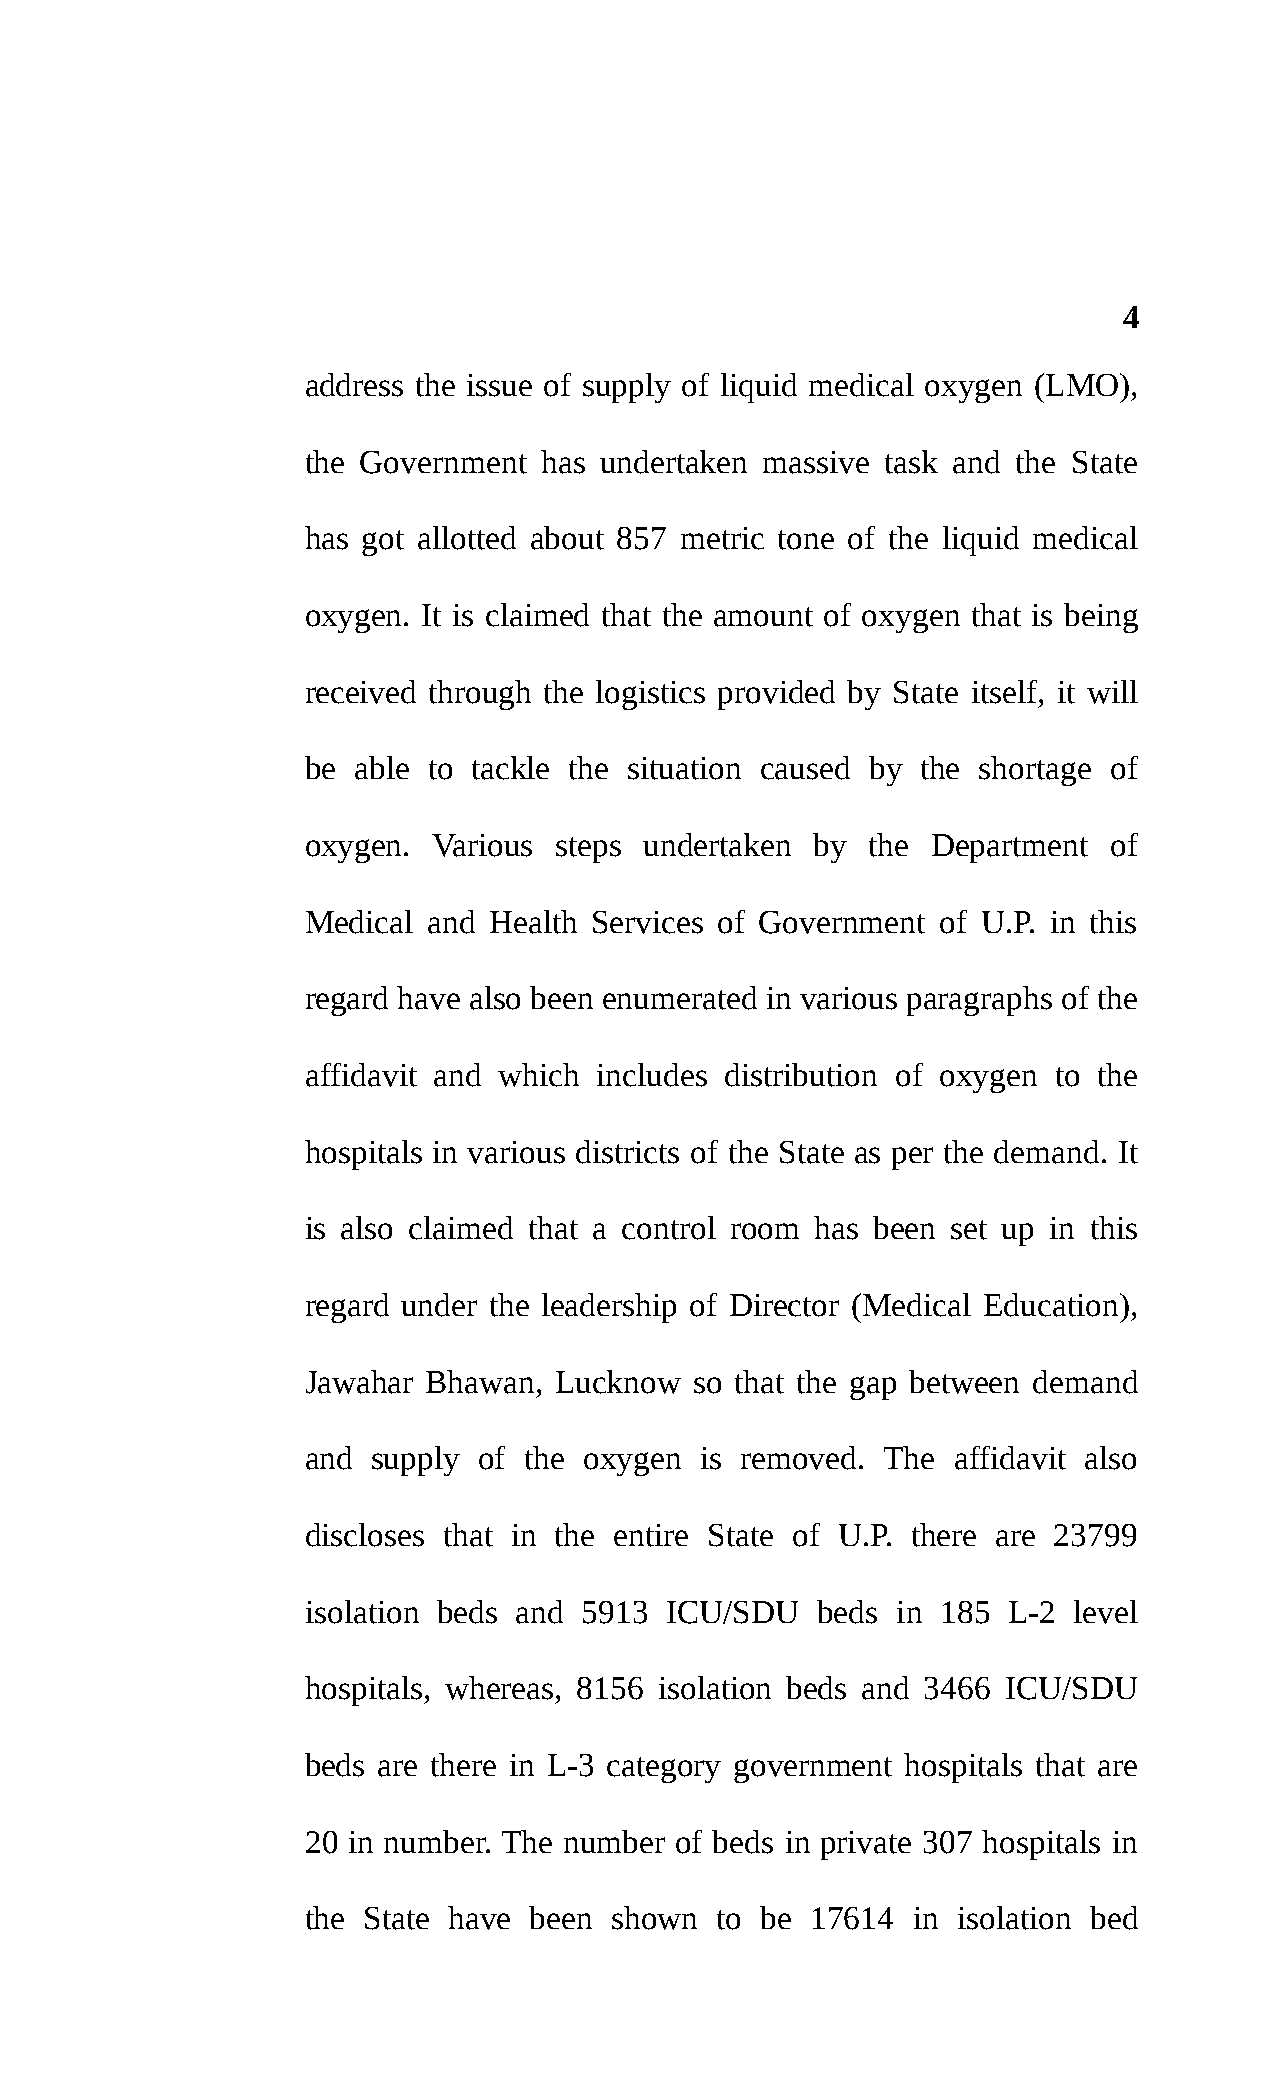
4
 address the issue of supply of liquid medical oxygen (LMO),
 the Government  has undertaken massive task and the State
 has got allotted about 857 metric tone of the liquid medical
 oxygen. It is claimed that the amount of oxygen that is being
 received through the logistics provided by State itself, it will
 be able to tackle the situation caused by the shortage of
 oxygen.  Various steps undertaken by  the Department  of
 Medical and Health Services of Government of U.P. in this
 regard have also been enumerated in various paragraphs of the
 affidavit and which includes distribution of oxygen to the
 hospitals in various districts of the State as per the demand. It
 is also claimed that a control room has been set up in this
 regard under the leadership of Director (Medical Education),
 Jawahar Bhawan,  Lucknow  so that the gap between demand
 and  supply of the oxygen is removed.  The affidavit also
 discloses that in the entire State of U.P. there are 23799
 isolation beds and 5913 ICU/SDU   beds in 185  L-2 level
 hospitals, whereas, 8156 isolation beds and 3466 ICU/SDU
 beds are there in L-3 category government hospitals that are
 20 in number. The number of beds in private 307 hospitals in
 the State have been shown  to be  17614 in isolation bed